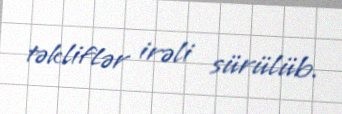
təkliflər irəli sürülüb.